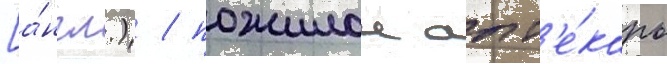
[а́нгл.) / пожилои апт'е́карь